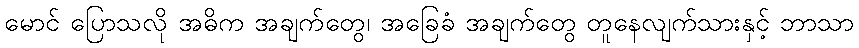
မောင် ပြောသလို အဓိက အချက်တွေ၊ အခြေခံ အချက်တွေ တူနေလျက်သားနှင့် ဘာသာ